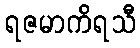
ရဇမာကိရသီ